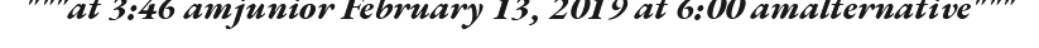
"""at 3:46 amjunior February 13, 2019 at 6:00 amalternative"""